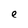
Character: e